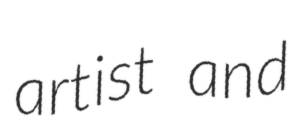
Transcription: artist and